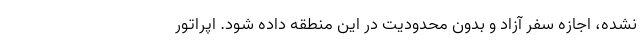
نشده، اجازه سفر آزاد و بدون محدودیت در این منطقه داده شود. اپراتور